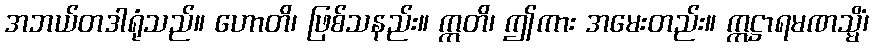
အဘယ်တဒါရုံသည်။ ဟောတိ၊ ဖြစ်သနည်း။ ဣတိ၊ ဤကား အမေးတည်း။ ဣဋ္ဌာရမဏသ္မိံ၊